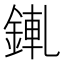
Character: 錷